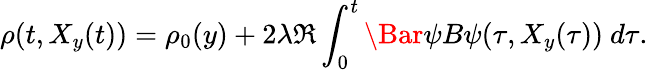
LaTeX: \rho(t,X_{y}(t))=\rho_{0}(y)+2\lambda\Re\int_{0}^{t}\Bar{\psi}B\psi(\tau,X_{y}(\tau))\ d\tau.